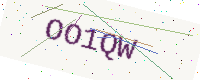
Text: OO1QW